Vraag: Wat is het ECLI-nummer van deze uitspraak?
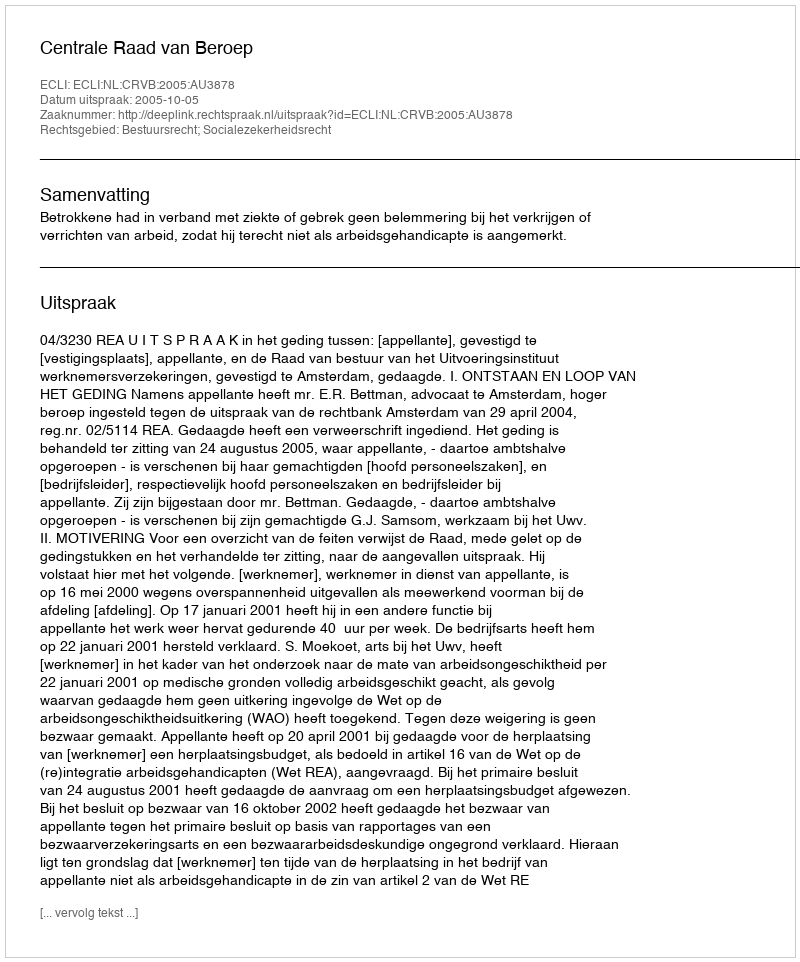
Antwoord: ECLI:NL:CRVB:2005:AU3878